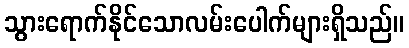
သွားရောက်နိုင်သောလမ်းပေါက်များရှိသည်။